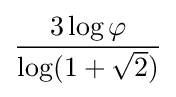
{\frac {3\log \varphi }{\log(1+{\sqrt {2}})}}